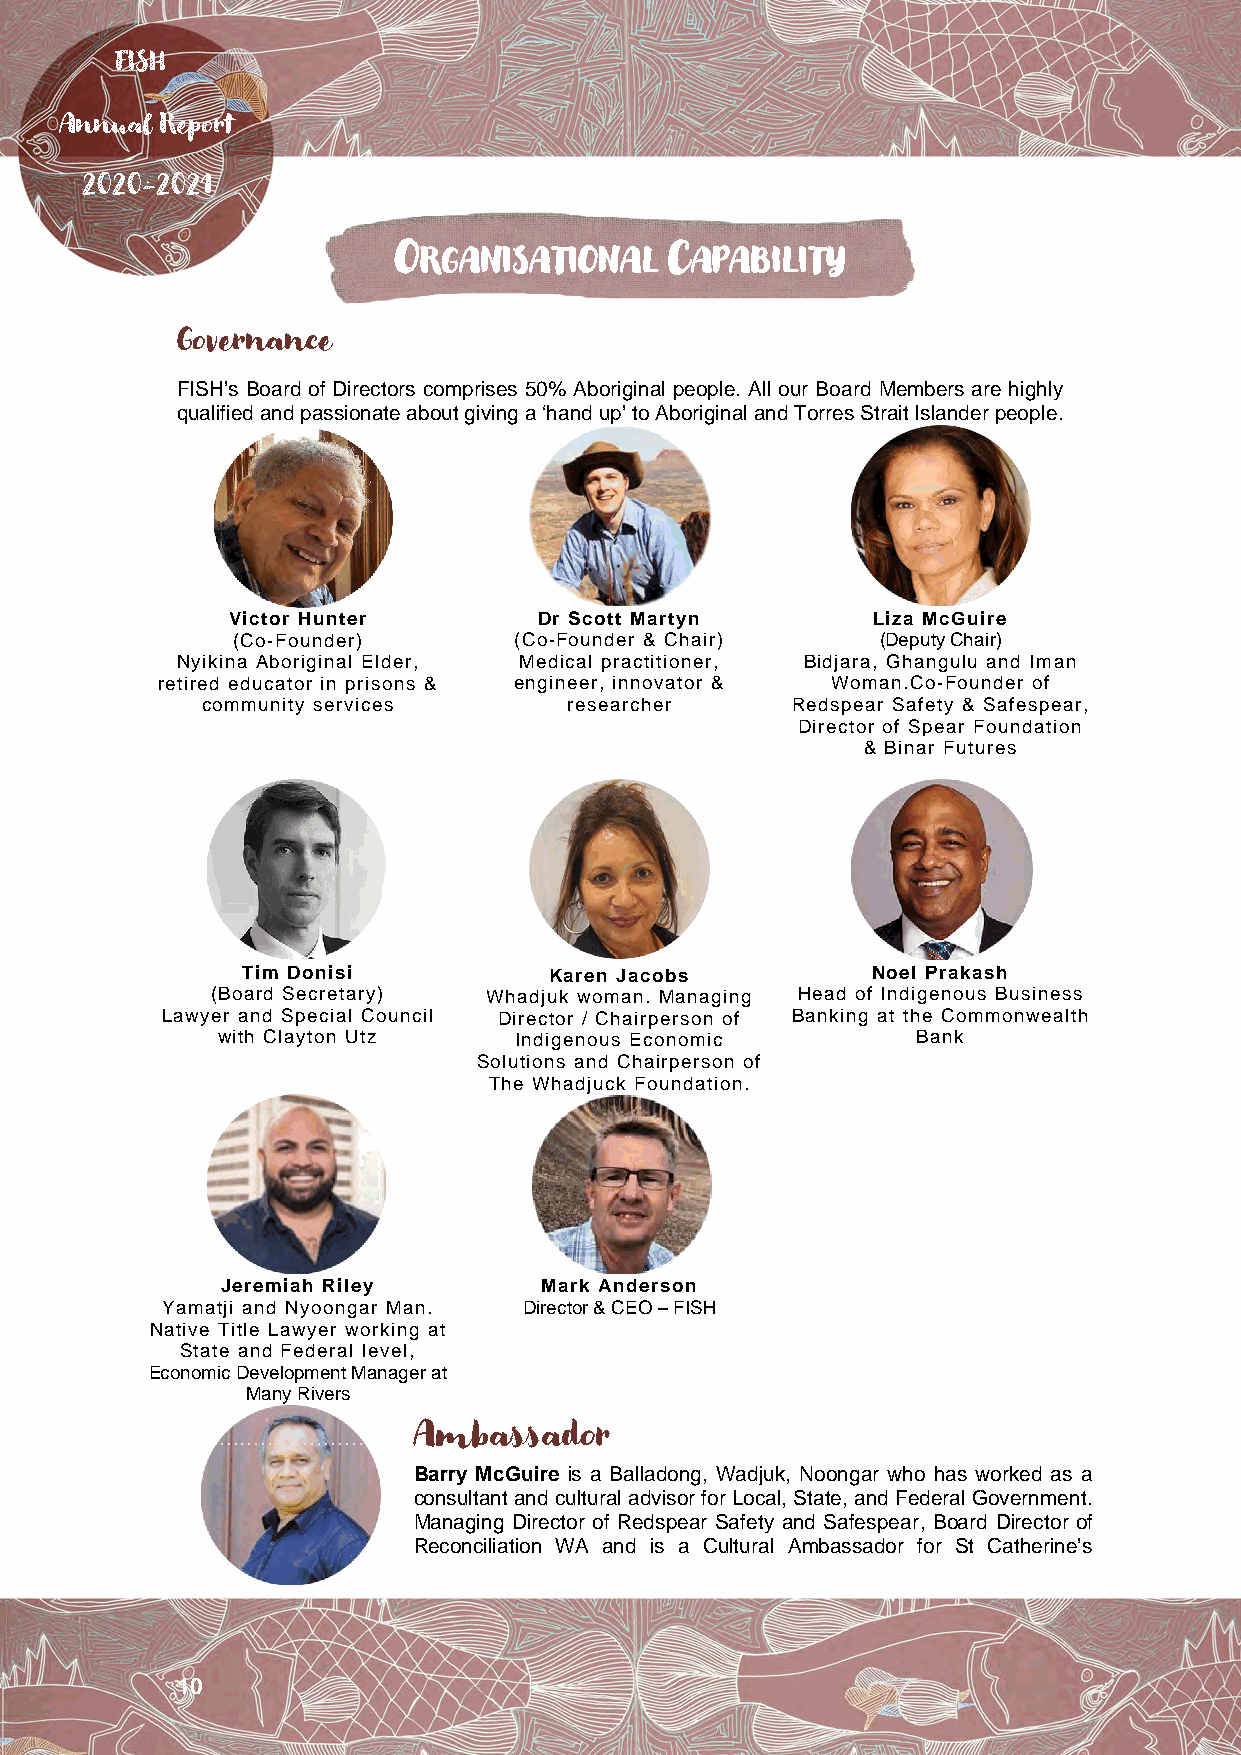
FISH
 Annual Report
 2020-2021
 ORGANISATIONAL    CAPABILITY
 Governance
 FISH’s Board of Directors comprises 50% Aboriginal people. All our Board Members are highly
 qualified and passionate about giving a ‘hand up’ to Aboriginal and Torres Strait Islander people.
 Victor Hunter        Dr Scott Martyn       Liza McGuire
 (Co-Founder)      (Co-Founder & Chair)    (Deputy Chair)
 Nyikina Aboriginal Elder, Medical practitioner, Bidjara, Ghangulu and Iman
 retired educator in prisons & engineer, innovator & Woman.Co-Founder of
 community services      researcher     Redspear Safety & Safespear,
 Director of Spear Foundation
 & Binar Futures
 Tim Donisi          Karen Jacobs          Noel Prakash
 (Board Secretary) Whadjuk woman. Managing Head of Indigenous Business
 Lawyer and Special Council Director / Chairperson of Banking at the Commonwealth
 with Clayton Utz   Indigenous Economic        Bank
 Solutions and Chairperson of
 The Whadjuck Foundation.
 Jeremiah Riley       Mark Anderson
 Yamatji and Nyoongar Man. Director & CEO – FISH
 Native Title Lawyer working at
 State and Federal level,
 Economic Development Manager at
 Many Rivers
 …………………………….Ambassador
 Barry McGuire is a Balladong, Wadjuk, Noongar who has worked as a
 consultant and cultural advisor for Local, State, and Federal Government.
 Managing Director of Redspear Safety and Safespear, Board Director of
 Reconciliation WA and is a Cultural Ambassador for St Catherine’s
 10